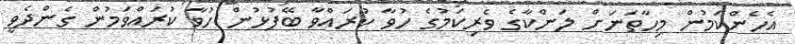
އެހެންކަމުން މިހާތަނަށް ލަންކާގެ ވެރިކަމުގެ ހުވާ ކުރައްވާ ބޭފުޅުން ހުވާ ކުރައްވަމުން ގެންދެވީ